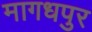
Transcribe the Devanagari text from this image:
मागधपुर